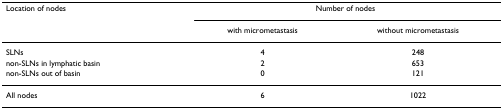
<table><thead><tr><td><b>Location of nodes</b></td><td colspan="2"><b>Number of nodes</b></td></tr><tr><td></td><td><b>with micrometastasis</b></td><td><b>without micrometastasis</b></td></tr></thead><tbody><tr><td>SLNs</td><td>4</td><td>248</td></tr><tr><td>non-SLNs in lymphatic basin</td><td>2</td><td>653</td></tr><tr><td>non-SLNs out of basin</td><td>0</td><td>121</td></tr><tr><td>All nodes</td><td>6</td><td>1022</td></tr></tbody></table>